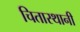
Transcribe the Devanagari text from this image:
चितास्थानी